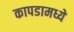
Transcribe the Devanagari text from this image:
कापडामध्ये